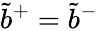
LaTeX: \tilde{b}^{+}=\tilde{b}^{-}